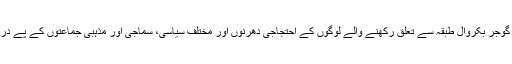
مجرم کی گرفتاری کو لے کر ابتداءمیں پولیس لیت و لعل سے ہی کام لینے لگی،لیکن گوجر بکروال طبقہ سے تعلق رکھنے والے لوگوں کے احتجاجی دھرنوں اور مختلف سیاسی، سماجی اور مذہبی جماعتوں کے پے درپے جاری کردہ مذمتی بیانات کے نتیجے میں طوعاً و کرہاً پولیس حرکت میں آگئی ۔